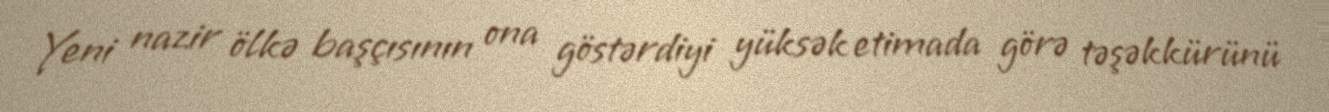
Yeni nazir ölkə başçısının ona göstərdiyi yüksək etimada görə təşəkkürünü